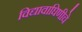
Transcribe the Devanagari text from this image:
विद्यावाघिणीचे